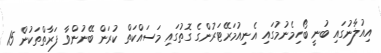
އިއުލާނުގައި ބުނީ ބޯހިމެނުމުގައި އެނިއުމަރޭޓަރުންގެ ގޮތުގައި މަސައްކަތް ކުރަން ބޭނުންވާ ފަރާތްތަކުން 15